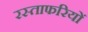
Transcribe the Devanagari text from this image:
रस्ताफरियों